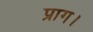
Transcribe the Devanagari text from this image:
प्राग।